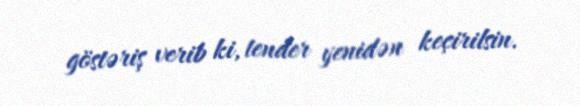
göstəriş verib ki, tender yenidən keçirilsin.